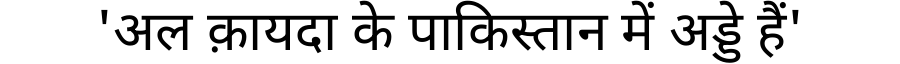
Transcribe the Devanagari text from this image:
'अल क़ायदा के पाकिस्तान में अड्डे हैं'